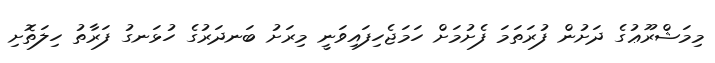
މިމަޝްރޫޢުގެ ދަށުން ފުރަތަމަ ފެށުމަށް ހަމަޖެހިފައިވަނީ މިރަށު ބަނދަރުގެ ހުޅަނގު ފަރާތު ހިލަތޮށި